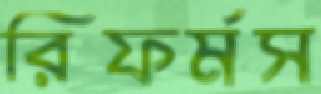
রিফর্মস